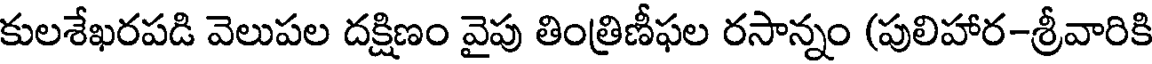
కులశేఖరపడి వెలుపల దక్షిణం వైపు తింత్రిణీఫల రసాన్నం (పులిహార-శ్రీవారికి